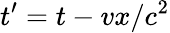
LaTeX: t^{\prime}=t-vx/c^{2}